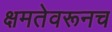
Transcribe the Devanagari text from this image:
क्षमतेवरूनच